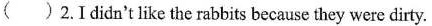
（ ）2. I didn't like the rabbits because they were dirty.